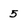
Character: 5